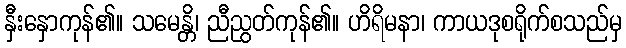
နှီးနှောကုန်၏။ သမေန္တိ၊ ညီညွတ်ကုန်၏။ ဟိရိမနာ၊ ကာယဒုစရိုက်စသည်မှ